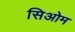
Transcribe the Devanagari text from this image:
सिओम